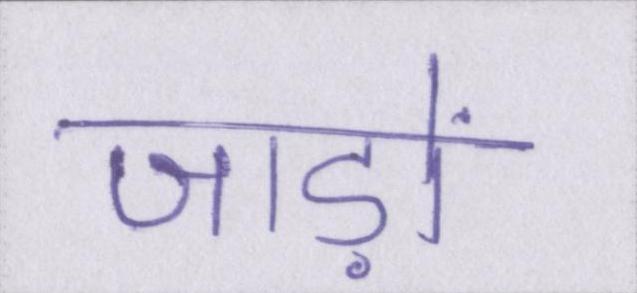
जाड़ों